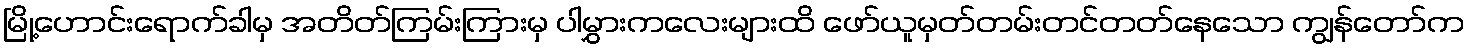
မြို့ဟောင်းရောက်ခါမှ အတိတ်ကြမ်းကြားမှ ပါမွှားကလေးများထိ ဖော်ယူမှတ်တမ်းတင်တတ်နေသော ကျွန်တော်က